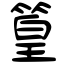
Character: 篁